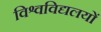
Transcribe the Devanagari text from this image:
विश्वविद्यलयों